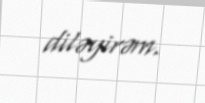
diləyirəm.